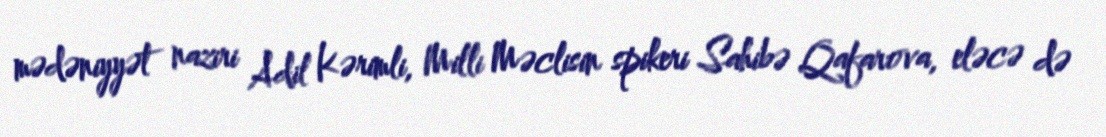
mədəniyyət naziri Adil Kərimli, Milli Məclisin spikeri Sahibə Qafarova, eləcə də